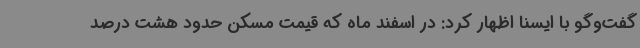
گفت‌وگو با ایسنا اظهار کرد: در اسفند ماه که قیمت مسکن حدود هشت درصد